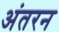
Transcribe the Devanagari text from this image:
अंतरन